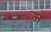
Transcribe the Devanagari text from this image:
ज॓